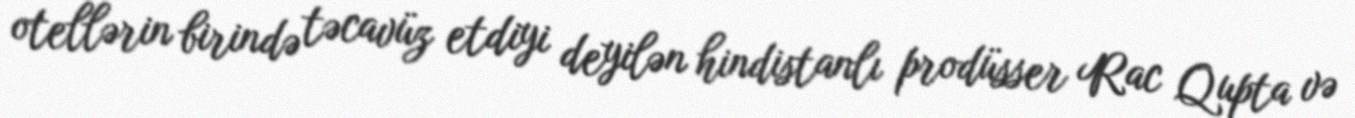
otellərin birində təcavüz etdiyi deyilən hindistanlı prodüsser Rac Qupta və